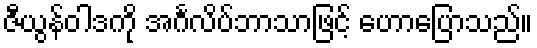
ဇီယွန်ဝါဒကို အင်္ဂလိပ်ဘာသာဖြင့် ဟောပြောသည်။